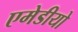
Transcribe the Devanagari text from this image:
एमेडीयो